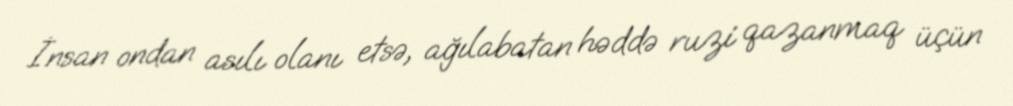
İnsan ondan asılı olanı etsə, ağılabatan həddə ruzi qazanmaq üçün